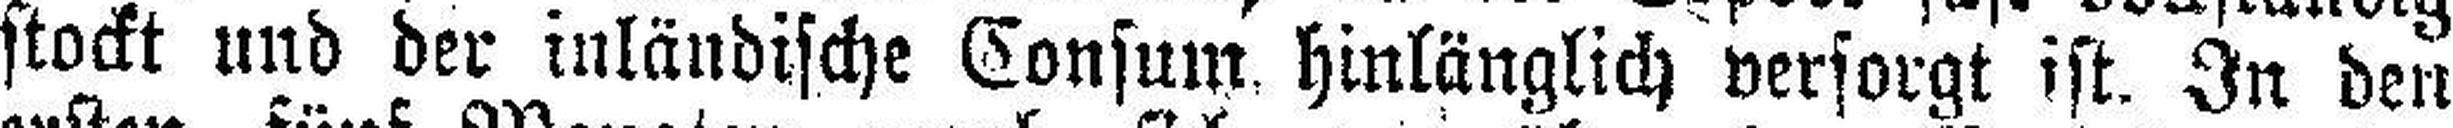
stockt und der inländische Consum hinlänglich versorgt ist. In den